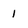
Character: 1